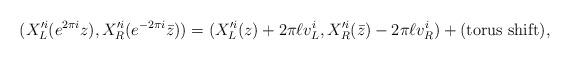
LaTeX: \begin{align*}(X_L^{\prime i}(e^{2\pi i}z), X_R^{\prime i}(e^{-2\pi i}\bar{z}))= (X_L^{\prime i}(z)+2\pi \ell v_L^i, X_R^{\prime i}(\bar{z})-2\pi \ell v_R^i)+ ({\rm torus \ shift}),\end{align*}